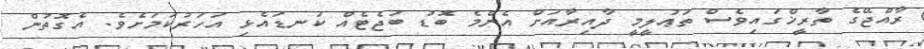
ރާއްޖޭގެ ތާރީޚްގައިވެސް ތަޢުލީމީ ދާއިރާއަށް އެންމެ ބޮޑު ބަޖެޓެއް ކަނޑައެޅި އަހަރުކަމަށެވެ. އެގޮތުން